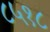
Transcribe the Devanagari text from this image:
८५१८